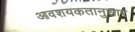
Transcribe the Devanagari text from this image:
आवशयकतानुसार